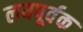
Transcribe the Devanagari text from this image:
लयपूर्वक